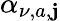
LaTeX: \alpha_{\nu,a,\mathbf{j}}